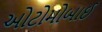
ઓટોમોબાઈ